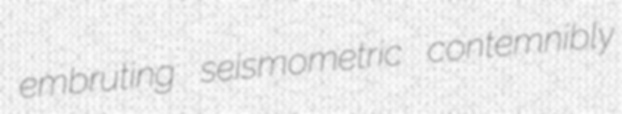
embruting seismometric contemnibly